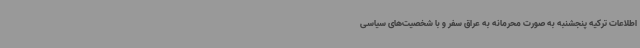
اطلاعات ترکیه پنجشنبه به صورت محرمانه به عراق سفر و با شخصیت‌های سیاسی